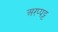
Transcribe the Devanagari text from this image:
अरप्पट्ट